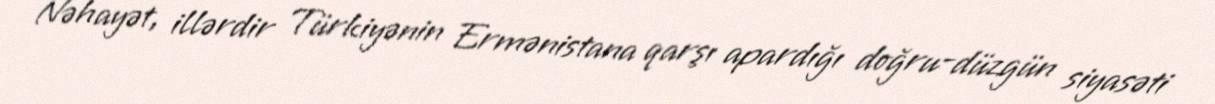
Nəhayət, illərdir Türkiyənin Ermənistana qarşı apardığı doğru-düzgün siyasəti